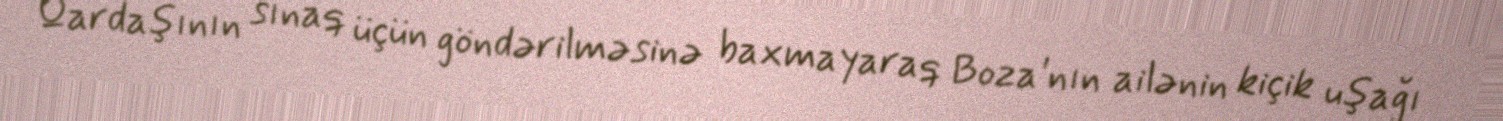
Qardaşının sınaq üçün göndərilməsinə baxmayaraq Boza'nın ailənin kiçik uşağı